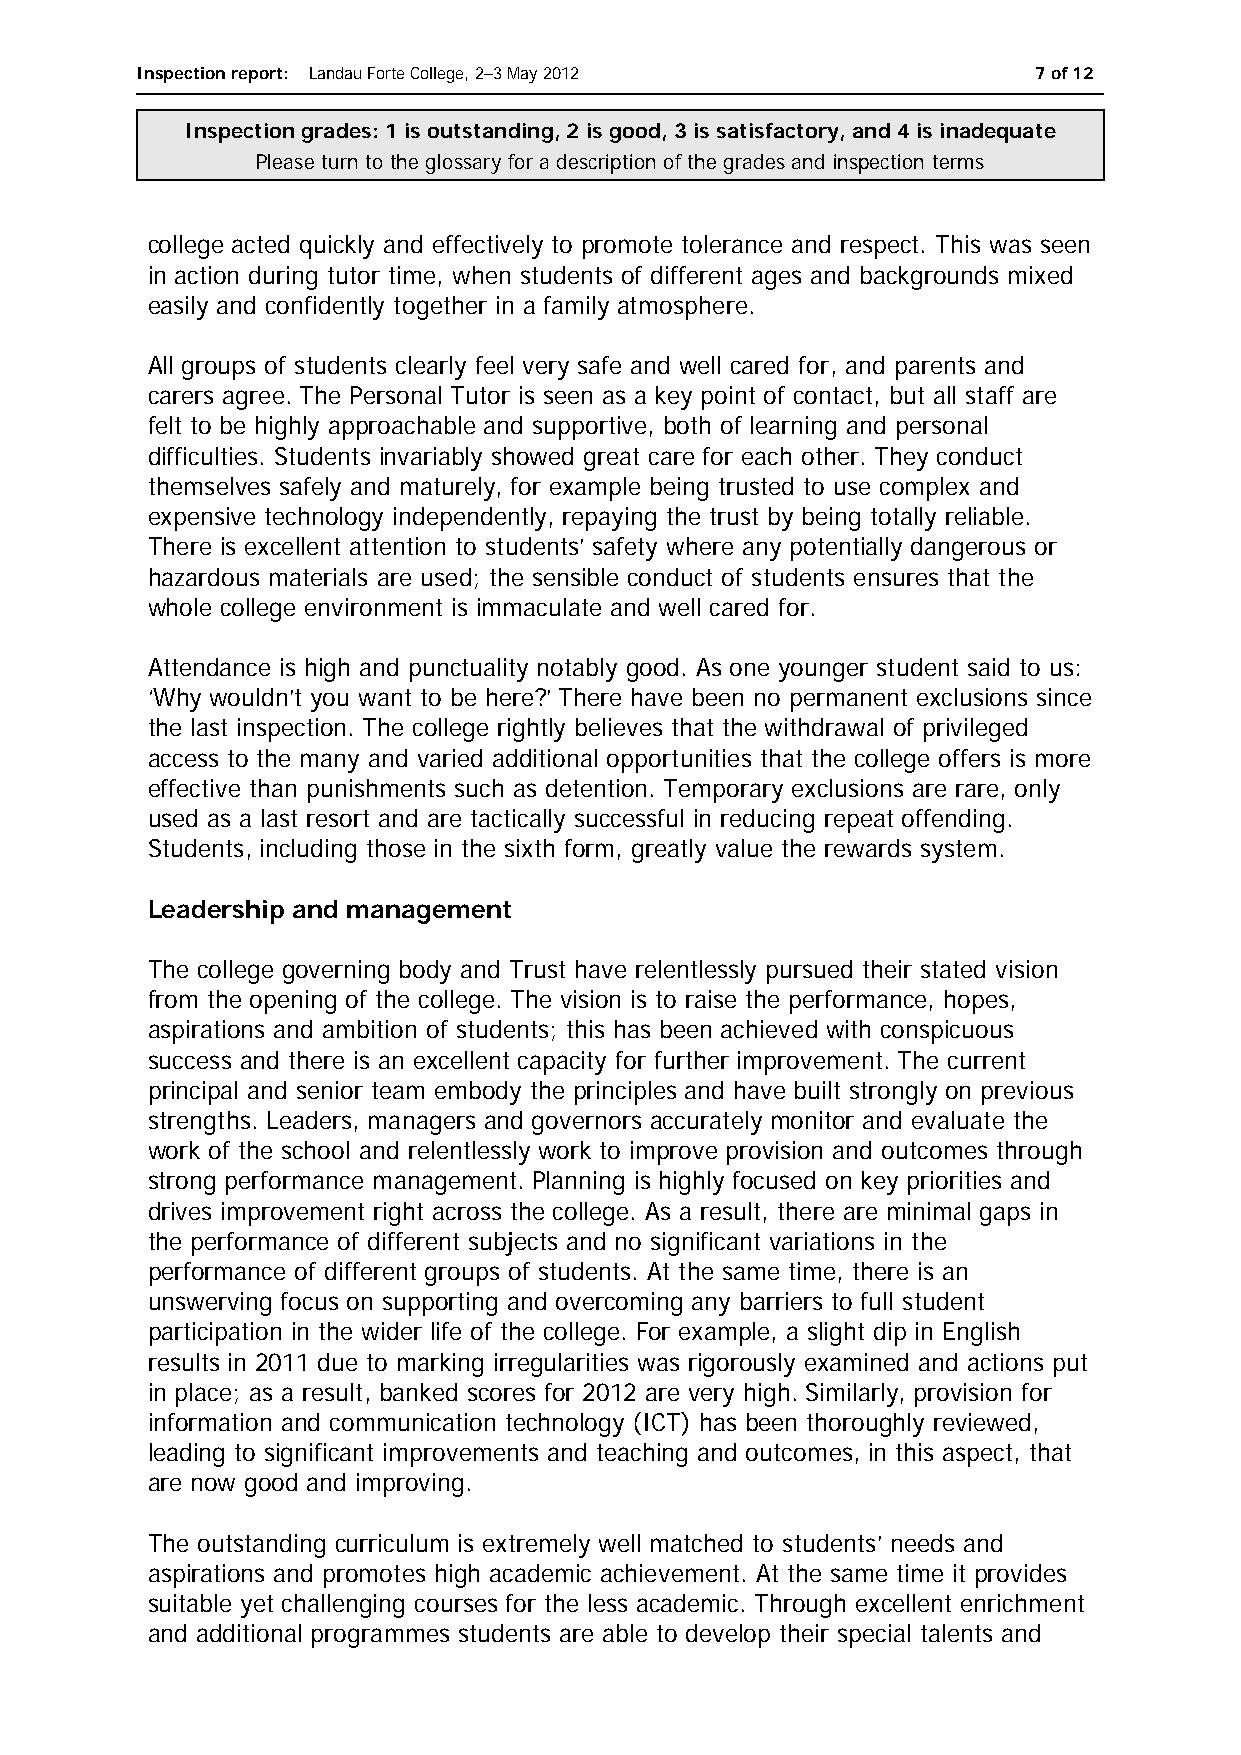
Inspection report: Landau Forte College, 2–3 May 2012      7 of 12
 Inspection grades: 1 is outstanding, 2 is good, 3 is satisfactory, and 4 is inadequate
 Please turn to the glossary for a description of the grades and inspection terms
 college acted quickly and effectively to promote tolerance and respect. This was seen
 in action during tutor time, when students of different ages and backgrounds mixed
 easily and confidently together in a family atmosphere.
 All groups of students clearly feel very safe and well cared for, and parents and
 carers agree. The Personal Tutor is seen as a key point of contact, but all staff are
 felt to be highly approachable and supportive, both of learning and personal
 difficulties. Students invariably showed great care for each other. They conduct
 themselves safely and maturely, for example being trusted to use complex and
 expensive technology independently, repaying the trust by being totally reliable.
 There is excellent attention to students’ safety where any potentially dangerous or
 hazardous materials are used; the sensible conduct of students ensures that the
 whole college environment is immaculate and well cared for.
 Attendance is high and punctuality notably good. As one younger student said to us:
 ‘Why wouldn’t you want to be here?’ There have been no permanent exclusions since
 the last inspection. The college rightly believes that the withdrawal of privileged
 access to the many and varied additional opportunities that the college offers is more
 effective than punishments such as detention. Temporary exclusions are rare, only
 used as a last resort and are tactically successful in reducing repeat offending.
 Students, including those in the sixth form, greatly value the rewards system.
 Leadership and management
 The college governing body and Trust have relentlessly pursued their stated vision
 from the opening of the college. The vision is to raise the performance, hopes,
 aspirations and ambition of students; this has been achieved with conspicuous
 success and there is an excellent capacity for further improvement. The current
 principal and senior team embody the principles and have built strongly on previous
 strengths. Leaders, managers and governors accurately monitor and evaluate the
 work of the school and relentlessly work to improve provision and outcomes through
 strong performance management. Planning is highly focused on key priorities and
 drives improvement right across the college. As a result, there are minimal gaps in
 the performance of different subjects and no significant variations in the
 performance of different groups of students. At the same time, there is an
 unswerving focus on supporting and overcoming any barriers to full student
 participation in the wider life of the college. For example, a slight dip in English
 results in 2011 due to marking irregularities was rigorously examined and actions put
 in place; as a result, banked scores for 2012 are very high. Similarly, provision for
 information and communication technology (ICT) has been thoroughly reviewed,
 leading to significant improvements and teaching and outcomes, in this aspect, that
 are now good and improving.
 The outstanding curriculum is extremely well matched to students’ needs and
 aspirations and promotes high academic achievement. At the same time it provides
 suitable yet challenging courses for the less academic. Through excellent enrichment
 and additional programmes students are able to develop their special talents and